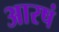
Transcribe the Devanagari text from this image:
आरषं